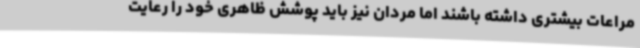
مراعات بیشتری داشته باشند اما مردان نیز باید پوشش ظاهری خود را رعایت